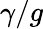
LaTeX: \gamma/g